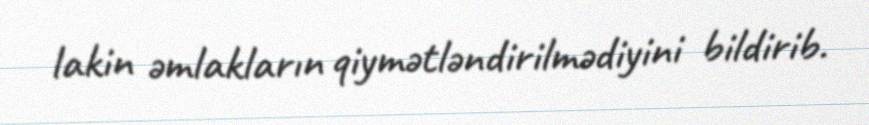
lakin əmlakların qiymətləndirilmədiyini bildirib.